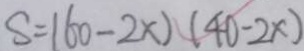
S = 1 6 0 - 2 \times ) ( 4 0 - 2 \times )